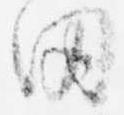
田